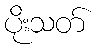
ပိုးသတ်